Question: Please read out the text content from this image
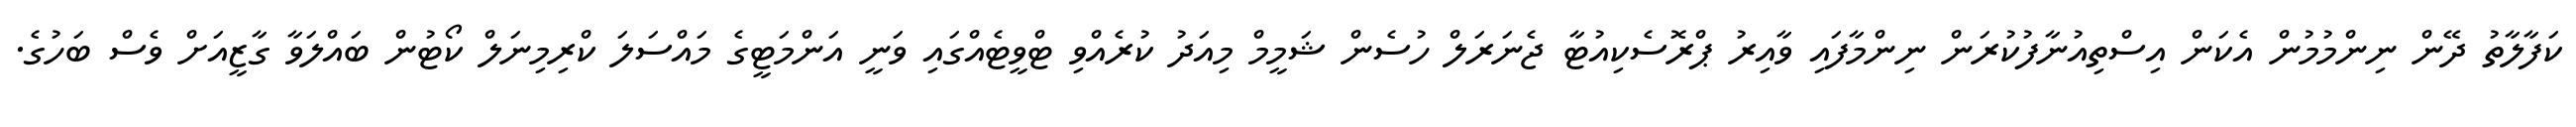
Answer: ކަފާލާތު ދޭން ނިންމުމުން އެކަން އިސްތިއުނާފުކުރަން ނިންމާފައި ވާއިރު ޕްރޮސެކިއުޓާ ޖެނަރަލް ހުސެން ޝަމީމް މިއަދު ކުރެއްވި ޓްވީޓެއްގައި ވަނީ އަންމަޓީގެ މައްސަލަ ކްރިމިނަލް ކޯޓުން ބައްލަވާ ގާޒީއަށް ވެސް ބަހުގެ.